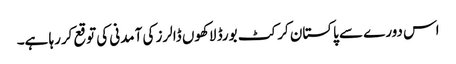
اس دورے سے پاکستان کرکٹ بورڈ لاکھوں ڈالرز کی آمدنی کی توقع کررہا ہے۔